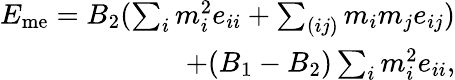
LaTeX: \begin{array}{r}{E_{\mathrm{me}}=B_{2}(\sum_{i}m_{i}^{2}e_{ii}+\sum_{(ij)}m_{i}m_{j}e_{ij})}\\ {+(B_{1}-B_{2})\sum_{i}m_{i}^{2}e_{ii},}\end{array}